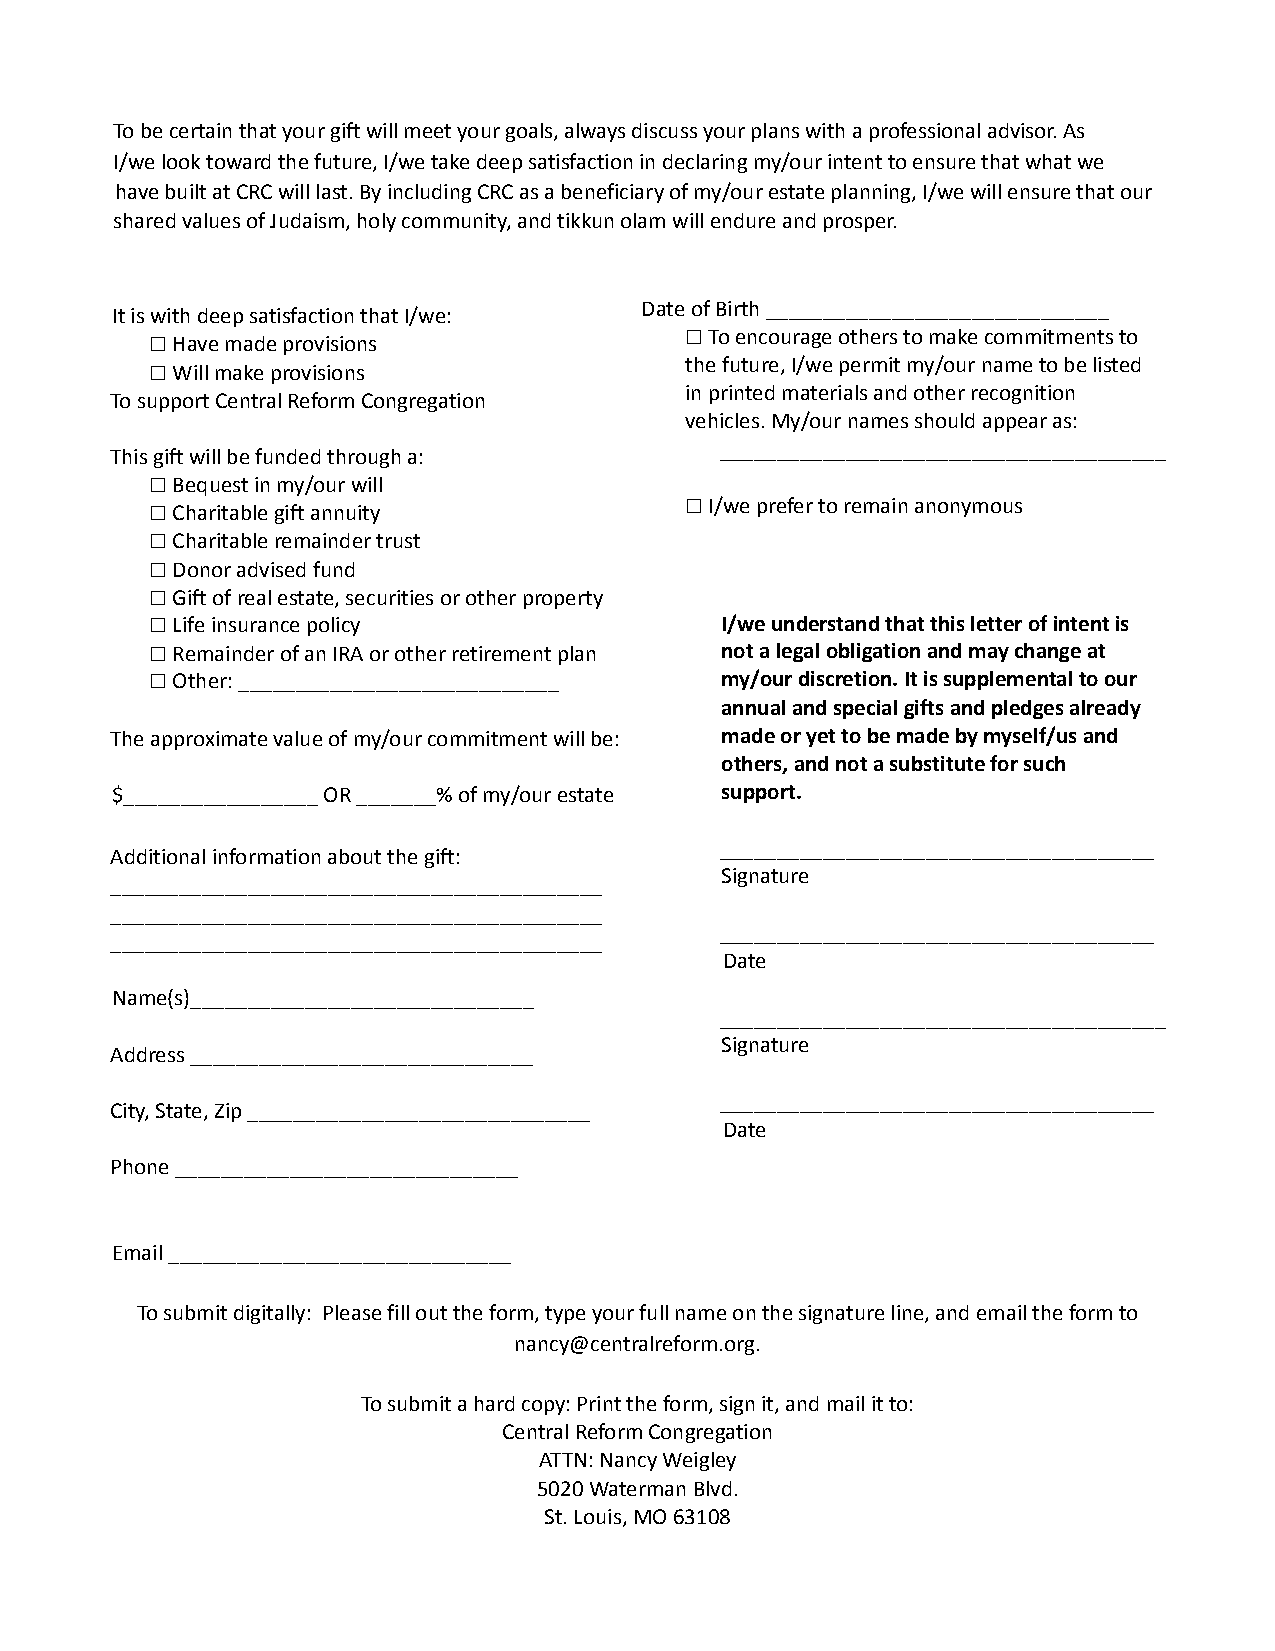
To be certain that your gift will meet your goals, always discuss your plans with a professional advisor. As
 I/we look toward the future, I/we take deep satisfaction in declaring my/our intent to ensure that what we
 have built at CRC will last. By including CRC as a beneficiary of my/our estate planning, I/we will ensure that our
 shared values of Judaism, holy community, and tikkun olam will endure and prosper.
 Date of Birth ______________________________
 It is with deep satisfaction that I/we:
 □To encourage others to make commitments to
 □Have made provisions
 the future, I/we permit my/our name to be listed
 □Will make provisions
 in printed materials and other recognition
 To support Central Reform Congregation
 vehicles. My/our names should appear as:
 _______________________________________
 This gift will be funded through a:
 □Bequest in my/our will
 □I/we prefer to remain anonymous
 □Charitable gift annuity
 □Charitable remainder trust
 □Donor advised fund
 □Gift of real estate, securities or other property
 □Life insurance policy                I/we understand that this letter of intent is
 □Remainder of an IRA or other retirement plan not a legal obligation and may change at
 □Other: ____________________________  my/our discretion. It is supplemental to our
 annual and special gifts and pledges already
 The approximate value of my/our commitment will be: made or yet to be made by myself/us and
 others, and not a substitute for such
 $_________________ OR _______% of my/our estate support.
 ______________________________________
 Additional information about the gift:
 Signature
 ___________________________________________
 ___________________________________________
 ______________________________________
 ___________________________________________
 Date
 Name(s)______________________________
 _______________________________________
 Signature
 Address ______________________________
 ______________________________________
 City, State, Zip ______________________________
 Date
 Phone ______________________________
 Email ______________________________
 To submit digitally: Please fill out the form, type your full name on the signature line, and email the form to
 nancy@centralreform.org.
 To submit a hard copy: Print the form, sign it, and mail it to:
 Central Reform Congregation
 ATTN: Nancy Weigley
 5020 Waterman Blvd.
 St. Louis, MO 63108